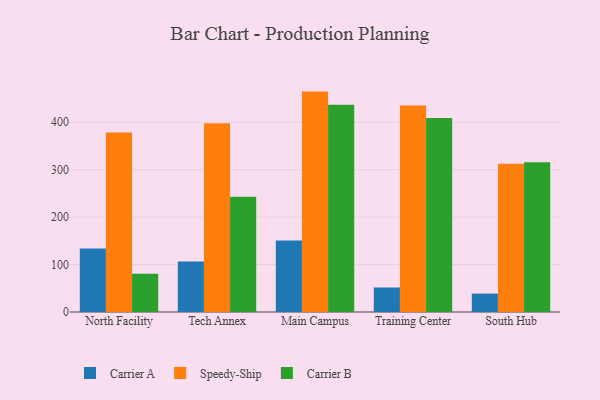
{"axis": {"x": "Campus", "y": "Energy Usage (MWh)"}, "legend": ["Carrier A", "Carrier B", "Speedy-Ship"], "data": [{"x": "North Facility", "y": 134.0, "type": "Carrier A"}, {"x": "North Facility", "y": 378.7, "type": "Speedy-Ship"}, {"x": "North Facility", "y": 80.8, "type": "Carrier B"}, {"x": "Tech Annex", "y": 106.5, "type": "Carrier A"}, {"x": "Tech Annex", "y": 398.2, "type": "Speedy-Ship"}, {"x": "Tech Annex", "y": 243.0, "type": "Carrier B"}, {"x": "Main Campus", "y": 151.0, "type": "Carrier A"}, {"x": "Main Campus", "y": 464.7, "type": "Speedy-Ship"}, {"x": "Main Campus", "y": 436.9, "type": "Carrier B"}, {"x": "Training Center", "y": 51.7, "type": "Carrier A"}, {"x": "Training Center", "y": 435.2, "type": "Speedy-Ship"}, {"x": "Training Center", "y": 408.9, "type": "Carrier B"}, {"x": "South Hub", "y": 38.8, "type": "Carrier A"}, {"x": "South Hub", "y": 312.4, "type": "Speedy-Ship"}, {"x": "South Hub", "y": 315.6, "type": "Carrier B"}]}